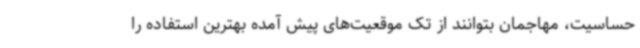
حساسیت، مهاجمان بتوانند از تک موقعیت‌های پیش آمده بهترین استفاده را